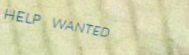
HELP WANTED